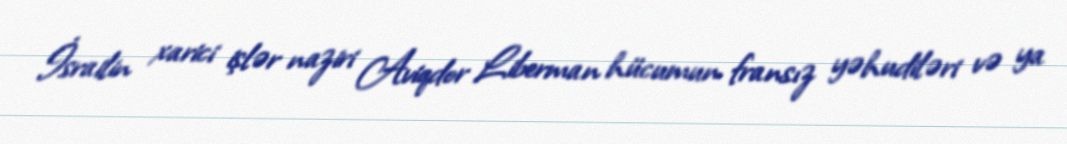
İsrailin xarici işlər naziri Aviqdor Liberman hücumun fransız yəhudiləri və ya